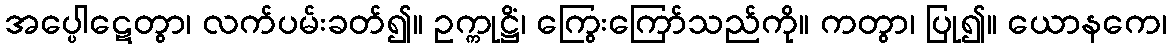
အပ္ပေါဋေတွာ၊ လက်ပမ်းခတ်၍။ ဥက္ကုဋ္ဌိံ၊ ကြွေးကြော်သည်ကို။ ကတွာ၊ ပြု၍။ ယောနကေ၊